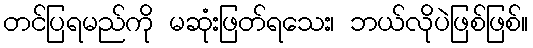
တင်ပြရမည်ကို မဆုံးဖြတ်ရသေး၊ ဘယ်လိုပဲဖြစ်ဖြစ်။